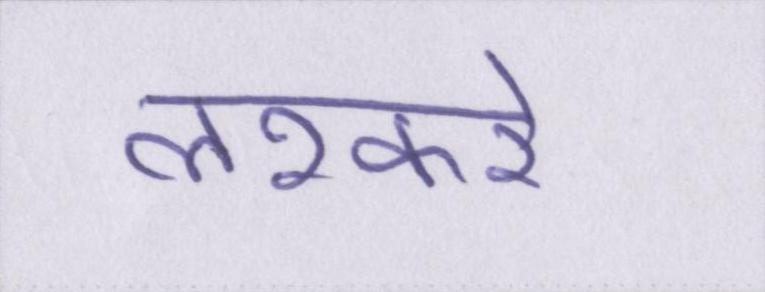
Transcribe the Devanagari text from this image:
लश्करे